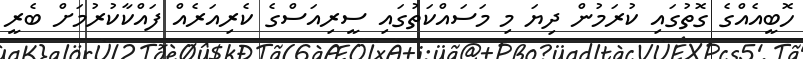
ހޮބީއެއްގެ ގޮތުގައި ކުރަމުން ދިޔަ މި މަސައްކަތުގައި ސީރިއަސްގެ ކެރިއަރެއް ފައްކާކުރުމަށް ބެރީ